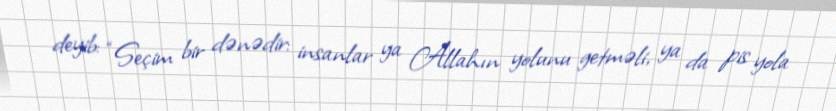
deyib: “Seçim bir dənədir: insanlar ya Allahın yolunu getməli, ya da pis yola